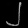
Digit: ၂